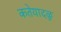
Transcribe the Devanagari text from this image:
कतेयादळु